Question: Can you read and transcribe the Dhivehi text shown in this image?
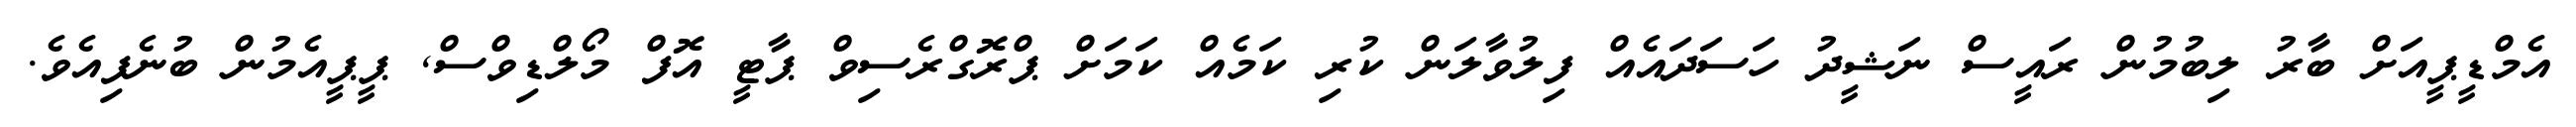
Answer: އެމްޑީޕީއަށް ބާރު ލިބުމުން ރައީސް ނަޝީދު ހަސަދައެއް ފިލުވާލަން ކުރި ކަމެއް ކަމަށް ޕްރޮގްރެސިވް ޕާޓީ އޮފް މޯލްޑިވްސް, ޕީޕީއެމުން ބުނެފިއެވެ.